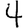
Digit: 4